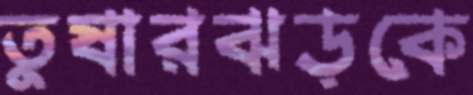
তুষারঝড়কে